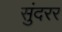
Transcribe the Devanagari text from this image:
सुंदरर